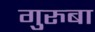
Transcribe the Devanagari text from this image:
गुरुबा